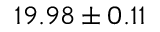
1 9 . 9 8 \pm 0 . 1 1